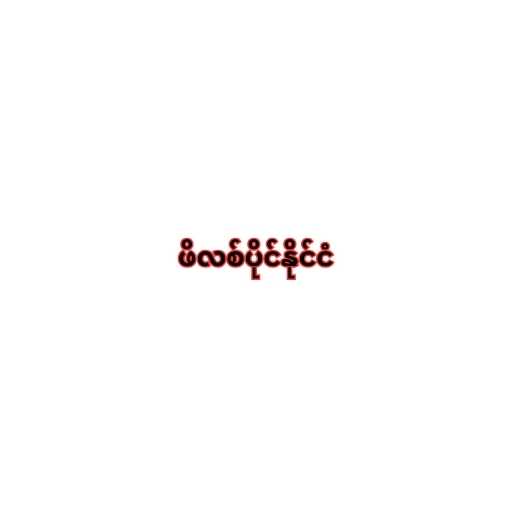
ဖိလစ်ပိုင်နိုင်ငံ